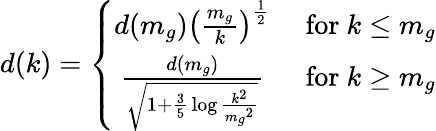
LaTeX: d(k)=\left\{ \begin{array}{cc}{{d(m_{g})\left({\frac{m_{g}}{k}}\right)^{\frac{1}{2}}}}&{{\mathrm{~for~}k\le m_{g}}}\\ {{{\frac{d(m_{g})}{\sqrt{1+{\frac{3}{5}}\log{\frac{k^{2}}{{m_{g}}^{2}}}}}}}}&{{\mathrm{~for~}k\ge m_{g}}}\end{array}\right.